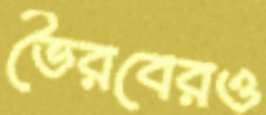
ভৈরবেরও